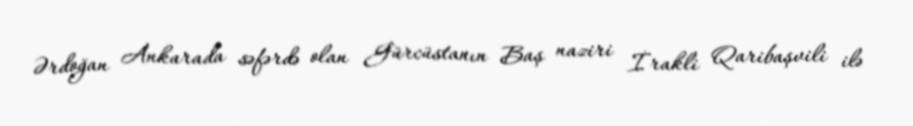
Ərdoğan Ankarada səfərdə olan Gürcüstanın Baş naziri İrakli Qaribaşvili ilə